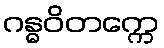
ဂန္ဓဝိတက္ကေ